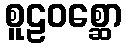
စူဠဝစ္ဆော